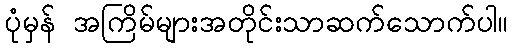
ပုံမှန် အကြိမ်များအတိုင်းသာဆက်သောက်ပါ။